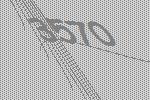
3570